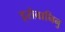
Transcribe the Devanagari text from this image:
इरोवानिनु